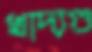
খাদ্যগু